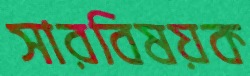
সারবিষয়ক